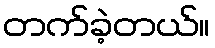
တက်ခဲ့တယ်။